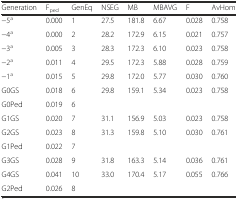
<table><thead><tr><td><b>Generation</b></td><td><b>F<sub>ped</sub></b></td><td><b>GenEq</b></td><td><b>NSEG</b></td><td><b>MB</b></td><td><b>MBAVG</b></td><td><b>F</b></td><td><b>AvHom</b></td></tr></thead><tbody><tr><td>−5<sup>a</sup></td><td>0.000</td><td>1</td><td>27.5</td><td>181.8</td><td>6.67</td><td>0.028</td><td>0.758</td></tr><tr><td>−4<sup>a</sup></td><td>0.000</td><td>2</td><td>28.2</td><td>172.9</td><td>6.15</td><td>0.021</td><td>0.757</td></tr><tr><td>−3<sup>a</sup></td><td>0.005</td><td>3</td><td>28.3</td><td>172.3</td><td>6.10</td><td>0.023</td><td>0.758</td></tr><tr><td>−2<sup>a</sup></td><td>0.011</td><td>4</td><td>29.5</td><td>172.3</td><td>5.88</td><td>0.028</td><td>0.759</td></tr><tr><td>−1<sup>a</sup></td><td>0.015</td><td>5</td><td>29.8</td><td>172.0</td><td>5.77</td><td>0.030</td><td>0.760</td></tr><tr><td>G0GS</td><td>0.018</td><td>6</td><td>29.8</td><td>159.1</td><td>5.34</td><td>0.023</td><td>0.758</td></tr><tr><td>G0Ped</td><td>0.019</td><td>6</td><td></td><td></td><td></td><td></td><td></td></tr><tr><td>G1GS</td><td>0.020</td><td>7</td><td>31.1</td><td>156.9</td><td>5.03</td><td>0.023</td><td>0.758</td></tr><tr><td>G2GS</td><td>0.023</td><td>8</td><td>31.3</td><td>159.8</td><td>5.10</td><td>0.030</td><td>0.761</td></tr><tr><td>G1Ped</td><td>0.022</td><td>7</td><td></td><td></td><td></td><td></td><td></td></tr><tr><td>G3GS</td><td>0.028</td><td>9</td><td>31.8</td><td>163.3</td><td>5.14</td><td>0.036</td><td>0.761</td></tr><tr><td>G4GS</td><td>0.041</td><td>10</td><td>33.0</td><td>170.4</td><td>5.17</td><td>0.055</td><td>0.766</td></tr><tr><td>G2Ped</td><td>0.026</td><td>8</td><td></td><td></td><td></td><td></td><td></td></tr></tbody></table>